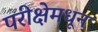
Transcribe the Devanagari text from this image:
परीक्षेमधून